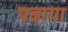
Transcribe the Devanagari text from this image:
पढा़या